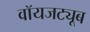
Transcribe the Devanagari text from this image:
वॉयजट्यूब